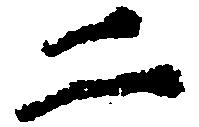
二